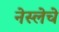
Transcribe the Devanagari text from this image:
नेस्लेचे